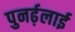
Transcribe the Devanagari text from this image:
पुनर्ढ़लाई